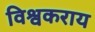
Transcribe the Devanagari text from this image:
विश्वकराय